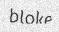
bloke